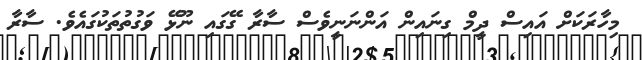
މިހާރަކަށް އައިސް ދީމް ގިނައިން އަންނަނީވެސް ސާރާ ގޭގައި ނޫޅޭ ވަގުތުތަކުގައެވެ. ސާރާ